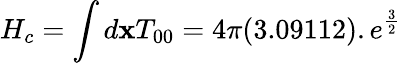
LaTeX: H_{c}=\int d{\mathbf x}T_{00}=4\pi(3.09112).e^{\frac{3}{2}}